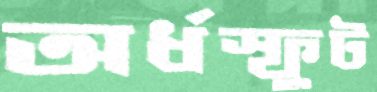
অর্ধস্ফুট